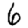
Digit: 6